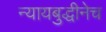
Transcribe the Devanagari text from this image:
न्यायबुद्धीनेच